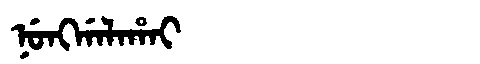
Manchu: ᠨᡠᠩᡤᠠᠯᠠᡥᠠᡳ
Romanization: NUNGGALAHAI